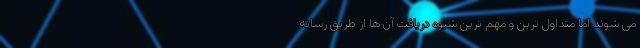
می شوند اما متداول ترین و مهم ترین شیوه دریافت آن ها از طریق رسانه